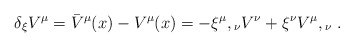
\begin{align*}\delta _{\xi }V^{\mu }={\bar{V}}^{\mu }(x)-V^{\mu }(x)=-{\xi ^{\mu }},{}_{\nu }V^{\nu }+\xi ^{\nu }{V^{\mu }},{}_{\nu }\; .\end{align*}